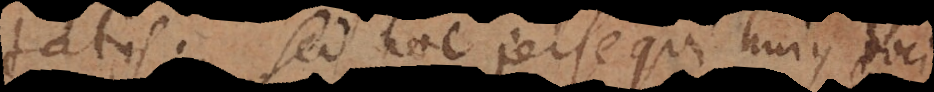
tatis. Sed hoc persequi hujus loci